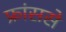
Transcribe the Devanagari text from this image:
फ्रांससे